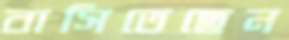
বাসিতেছেন